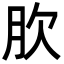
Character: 肷